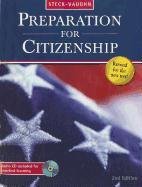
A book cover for Preparation for Citizenship: Audio Visual Kit Grades 9 - UP 2009; STECK-VAUGHN; Test Preparation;